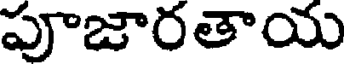
పూజారతాయ